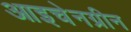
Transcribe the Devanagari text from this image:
आइचेनग्रीन